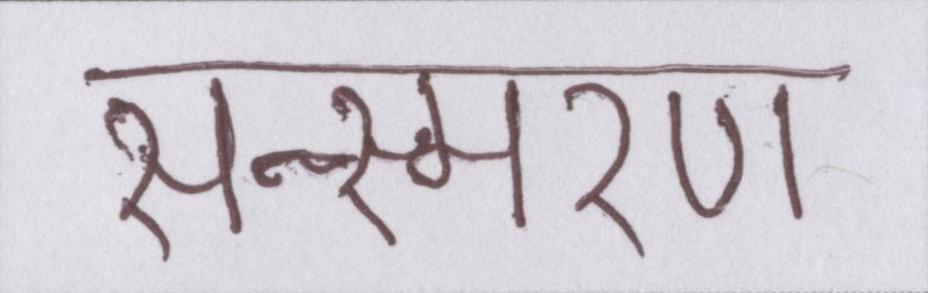
सन्स्मरण